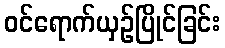
ဝင်ရောက်ယှဉ်ပြိုင်ခြင်း